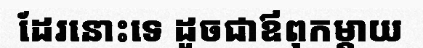
ដែរនោះទេ ដូចជាឪពុកម្តាយ